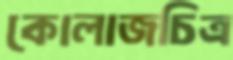
কোলাজচিত্র